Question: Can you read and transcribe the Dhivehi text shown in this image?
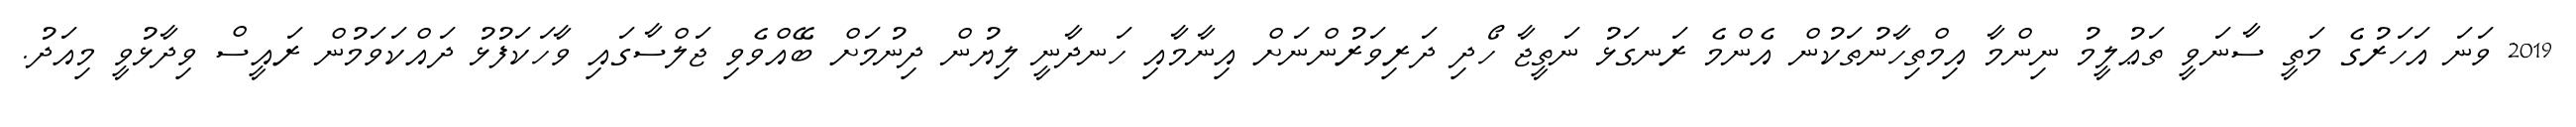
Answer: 2019 ވަނަ އަހަރުގެ މަތީ ސާނަވީ ތަޢުލީމު ނިންމާ އިމްތިހާނުތަކުން އެންމެ ރަނގަޅު ނަތީޖާ ހޯދި ދަރިވަރުންނަށް އިނާމާއި ހަނދާނީ ލިޔުން ދިނުމަށް ބޭއްވެވި ޖަލްސާގައި ވާހަކަފުޅު ދައްކަވަމުން ރައީސް ވިދާޅުވީ މިއަދު.